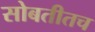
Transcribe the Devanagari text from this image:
सोबतीतच